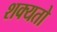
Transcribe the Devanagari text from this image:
शक्‍यतो